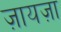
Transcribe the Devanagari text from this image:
ज़ायज़ा